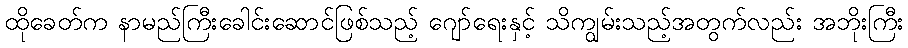
ထိုခေတ်က နာမည်ကြီးခေါင်းဆောင်ဖြစ်သည့် ဂျော်ရေးနှင့် သိကျွမ်းသည့်အတွက်လည်း အဘိုးကြီး